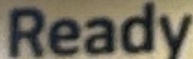
Ready